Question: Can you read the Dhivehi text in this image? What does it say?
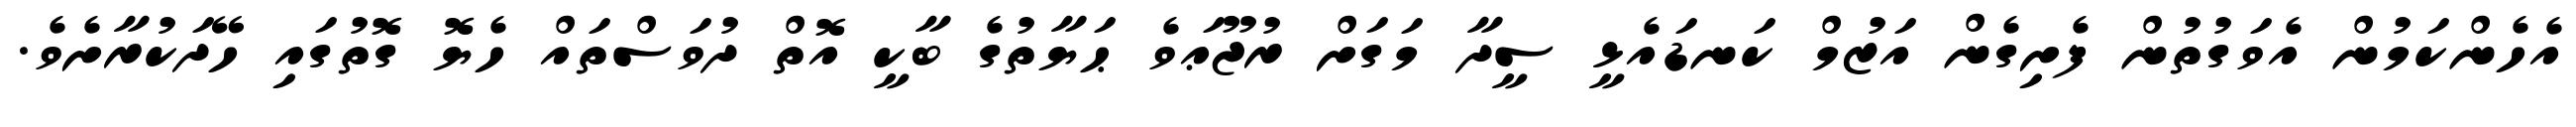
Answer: އެހެންކަމުން އެވަގުތުން ފެށިގެން އަޒުމް ކަނޑައެޅީ ސީދާ މަގަށް ރުޖޫޢަވެ ޙަޔާތުގެ ބާކީ އޮތް ދުވަސްތައް ހެޔޮ ގޮތުގައި ހޭދަކުރާށެވެ.